Lunatic asylums Madras 1892-1911 - 1892-1911
Year: 1892
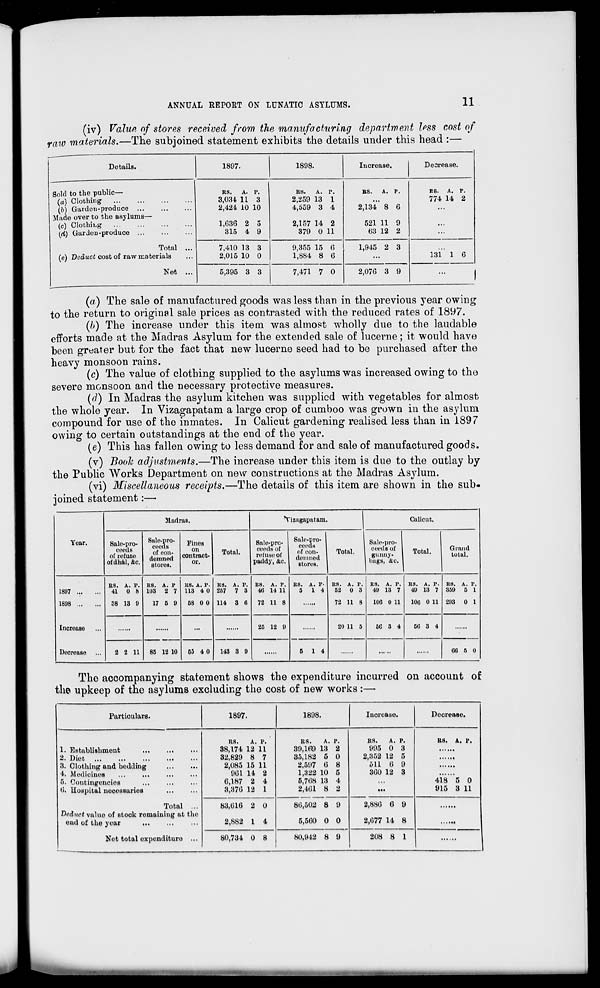
ANNUAL REPORT ON LUNATIC ASYLUMS.
11
(iv) Value of stores received from the manufacturing department less cost of
raw materials.—The subjoined statement exhibits the details under this head :—
Details.
1897.
1898.
Increase.
Decrease.
Sold to the public—
(a) Clothing
(6) Garden-produce
Made over to the asylums—
(c) Clothing
(d) Garden-produce
Total ...
(e) Deduct cost of raw materials
Net ...
RS.
A. P.
3,034 11 3
2,424 10 10
1,G36 2 5
315 4 9
RS.
A. P.
2,259 13 1
4,659 3 4
2,157 14 2
379 0 11
RS.
A. P.
2,134* 8 6
521 11 9
63 12 2
RS. A. P.
774 14 2
7,410 13 3
2,015 10 0
9,355 15 G
1,884 8 G
1,945 2 3
131 1 6
5,395 3 3
7,471 7 0
2,076 3 9
1
(a) The sale of manufactured goods was less than in the previous year owing
to the return to original sale prices as contrasted with the reduced rates of 1897.
(b) The increase under this item was almost wholly due to the laudable
efforts made at the Madras Asylum for the extended sale of lucerne; it would have
been greater but for the fact that new lucerne seed had to be purchased after the
heavy monsoon rains.
(c) The value of clothing supplied to the asylums was increased owing to the
severe monsoon and the necessary protective measures.
(d) In Madras the asylum kitchen was supplied with vegetables for almost
the whole year. In Vizagapatam a large crop of cumboo was grown in the asylum
compound for use of the inmates. In Calicut gardening realised less than in 1897
owing to certain outstandings at the end of the year.
(e) This has fallen owing to less demand for and sale of manufactured goods.
(v) Booh adjustments.—The increase under this item is due to the outlay by
the Public Works Department on new constructions at the Madras Asylum.
(vi) Miscellaneous receipts.—The details of this item are shown in the sub-
joined statement:—•
Year.
Madras.
Yizagaputam.
Calicut.
Sale-pro-
ceeds
of refuse
of dhal, &c.
Sale-pro-
ceeus
of con-
demned
stores.
Fines
on
contract-
or.
Total.
Sale-prc-
ceeds of
refuse of
paddy, &c.
Sale-pro- 1
ceeds l
of con-
demned
stores.
Total.
Sale-pro-
eeeds of
gunny-
hags, &c.
Total.
Grand
total.
1897
1808
Increase
Decrease
RS. A. P.
41 0 6
38 13 0
RS. A. P
103 2 7
17 5 9
RS. A. P.
113 4 0
58 0 0
RS. A. P.
257 7 3
114 3 «
R8. A. P.
40 14 11
72 11 8
RS. A. P-
5 14
RS. A. P.
52 0 3
72 U 8
RS. A. P.
49 13 7
100 0 11
R8. A. P.
49 13 7
100 0 11
RS. A. P.
359 5 1
293 0 1
85 12 10
...
25 12 9
20 11 5
50 3 4
50 3 4
2 2 11
55 4 0
143 3 9
5 14
00 5 0
The accompanying statement shows the expenditure incurred on account of
the upkeep of the asylums excluding the cost of new works :—
Particulars.
1897.
1898.
Increase.
Dcoreaao.
1. Establishment
2. Diet
3. Clothing and bedding
4. Medicines
5. Contingencies
0. Uospital necessaries
Total ...
Deduct value of stock remaining at the
end of the year
Not total expenditure ...
RS.
A. P.
38,174 12 11
32,829 8 7
2,085 15 11
901 14 2
G,187 2 4
3,370 12 1
R8.
A. P.
39,169 13 2
35,182 5 0
2,597 0 8
1,322 10 5
5,708 13 4
2,401 8 2
RS.
A. P.
995 0 3
2,352 12 5
511 0 9
300 12 3
RS. A. P.
418 5 0
915 3 11
83,010 2 0
2,882 1 4
80,502 8 9
5.5G0 0 0
2,880 6 9
2,077 14 8
80,734 0 8
80,942 8 9
208 8 1